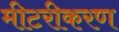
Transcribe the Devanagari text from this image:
मीटरीकरण